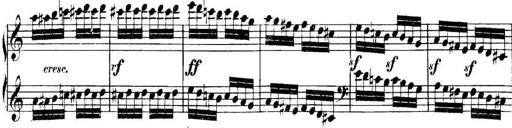
Title: Collected Piano Sonatas
Composer: Muzio Clementi